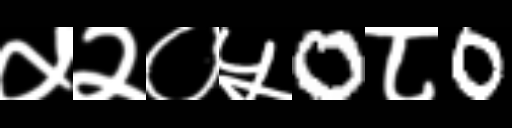
Text: ५२०५0८0